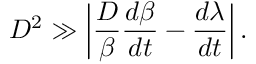
D ^ { 2 } \gg \left| \frac { D } { \beta } \frac { d \beta } { d t } - \frac { d \lambda } { d t } \right| .